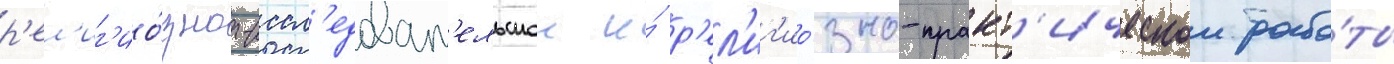
р'ел'иг'ио́зно-иссл'едоват'ельскои и́ р'ел'иг'ио́зно-практ'ическои рабо́ты